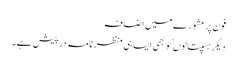
فون پر مشورے میں اضافہ
دیگر ہسپتالوں کو بھی ایسا ہی منظرنامہ درپیش ہے۔